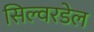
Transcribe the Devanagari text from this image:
सिल्वरडेल